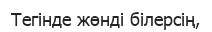
Тегінде жөнді білерсің,